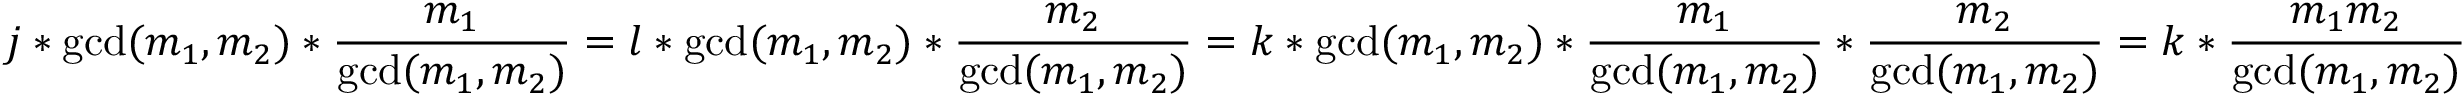
j * \operatorname* { g c d } ( m _ { 1 } , m _ { 2 } ) * \frac { m _ { 1 } } { \operatorname* { g c d } ( m _ { 1 } , m _ { 2 } ) } = l * \operatorname* { g c d } ( m _ { 1 } , m _ { 2 } ) * \frac { m _ { 2 } } { \operatorname* { g c d } ( m _ { 1 } , m _ { 2 } ) } = k * \operatorname* { g c d } ( m _ { 1 } , m _ { 2 } ) * \frac { m _ { 1 } } { \operatorname* { g c d } ( m _ { 1 } , m _ { 2 } ) } * \frac { m _ { 2 } } { \operatorname* { g c d } ( m _ { 1 } , m _ { 2 } ) } = k * \frac { m _ { 1 } m _ { 2 } } { \operatorname* { g c d } ( m _ { 1 } , m _ { 2 } ) }